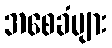
အစေခံများ